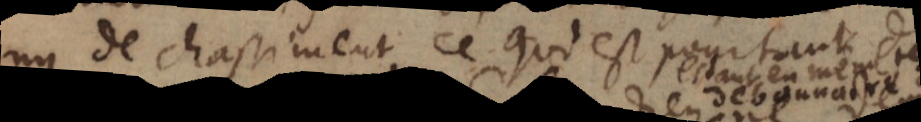
ny de chastiment, ce qui est pourtant